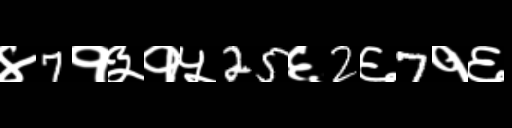
Text: ४7१३१५25६2६7१६